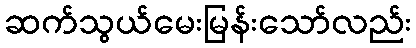
ဆက်သွယ်မေးမြန်းသော်လည်း